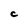
Character: c